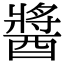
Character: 醬